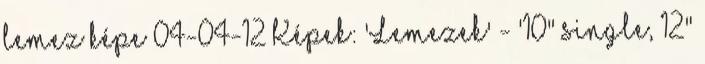
lemez képe 04-04-12 Képek: 'Lemezek' - '10" single, 12"